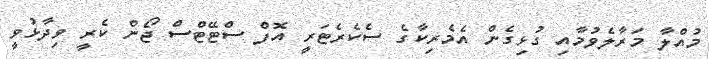
މުއްލާ މަރާލެވުމާއި ގުޅިގެން އެމެރިކާގެ ސެކެރެޓަރީ އޮފް ސްޓޭޓްސް ޖޯން ކެރީ ވިދާޅުވީ